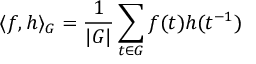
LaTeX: \langle f , h \rangle _ { G } = { \frac { 1 } { | G | } } \sum _ { t \in G } f ( t ) h ( t ^ { - 1 } )